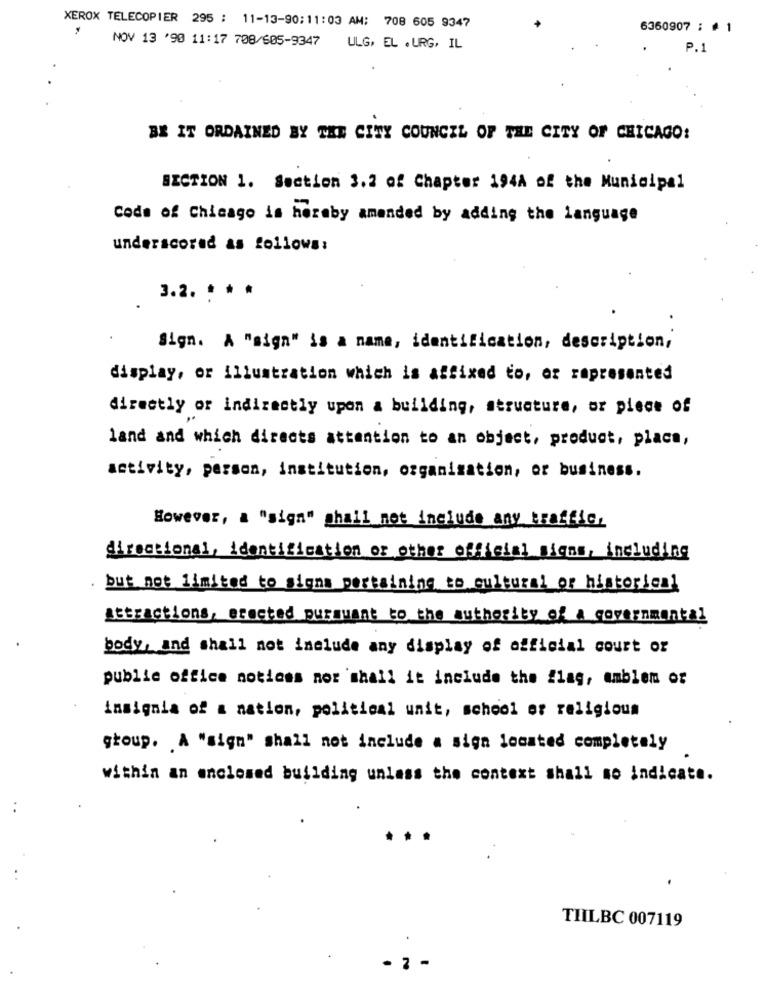
XEROX TELECOPIER 295 : 11-13-90:11:03 AM: 708 605 9347
6360907 : # 1
NOV 13 '90 11:17 708/605-9347
ULG, EL .URG, IL
P.1
BE IT ORDAINED BY THE CITY COUNCIL OF THE CITY OF CHICAGO:
SECTION 1. Section 3.2 of Chapter 194A of the Municipal
Code of Chicago is hereby amended by adding the language
underscored as follows:
3.2. * * *
Sign. A "sign" is a name, identification, description,
display, or illustration which is affixed to, or represented
directly or indirectly upon a building, structure, or piece of
land and which directs attention to an object, product, placa,
activity, person, institution, organisation, or business.
However, a "sign" shall not include any traffic,
directional, identification or other official signs, including
but not limited to signs pertaining to cultural or historical
attractions, erected pursuant to the authority of a governmental
body, and shall not include any display of official court or
public office notices nor shall it include the flag, amblem or
insignia of a nation, political unit, school er religious
group. A "sign" shall not include a sign located completely
within an enclosed building unless the context shall so indicate.
..
.
.
TILBC 007119
- 1 -